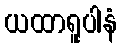
ယထာရူပါနံ